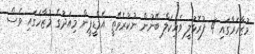
މުޒާހަރާގައި 4 ފުރޮޅުލީ ވެހިކަލް ބޭނުން ނުކުރެވޭތީ އެމްޑީޕީން މިއަދުގެ މުޒާހަގައި ވެސް